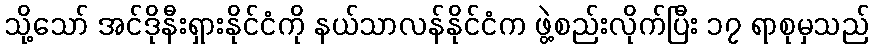
သို့သော် အင်ဒိုနီးရှားနိုင်ငံကို နယ်သာလန်နိုင်ငံက ဖွဲ့စည်းလိုက်ပြီး ၁၇ ရာစုမှသည်